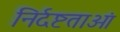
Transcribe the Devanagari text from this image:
निर्दष्टताओं